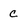
Character: C